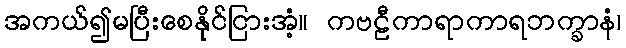
အကယ်၍မပြီးစေနိုင်ငြားအံ့။ ကဗဠီကာရာကာရဘက္ခာနံ၊